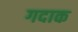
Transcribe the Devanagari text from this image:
गदाक